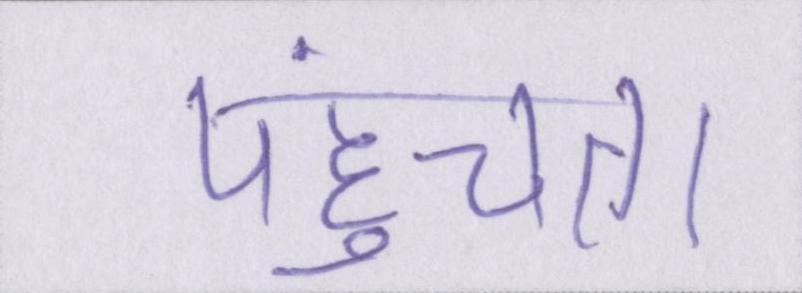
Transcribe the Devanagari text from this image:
पहुंचता